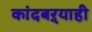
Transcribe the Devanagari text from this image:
कांदबऱ्याही